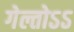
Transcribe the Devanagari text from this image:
गेल्तोऽऽ